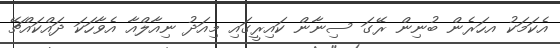
އެކަމަކު އހަރެން ބުނިން ރޭގަ ސިނާން ކައިރީގައި މިއަދު ނިއާލްއާ އެވާހަކަ ދައްކައްޗޭ